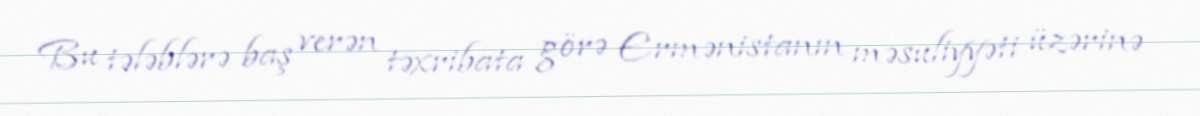
Bu tələblərə baş verən təxribata görə Ermənistanın məsuliyyəti üzərinə